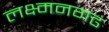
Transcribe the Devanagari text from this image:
लक्ष्मनगढ